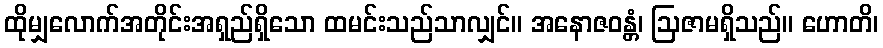
ထိုမျှလောက်အတိုင်းအရှည်ရှိသော ထမင်းသည်သာလျှင်။ အနောဇဝန္တံ၊ ဩဇာမရှိသည်။ ဟောတိ၊